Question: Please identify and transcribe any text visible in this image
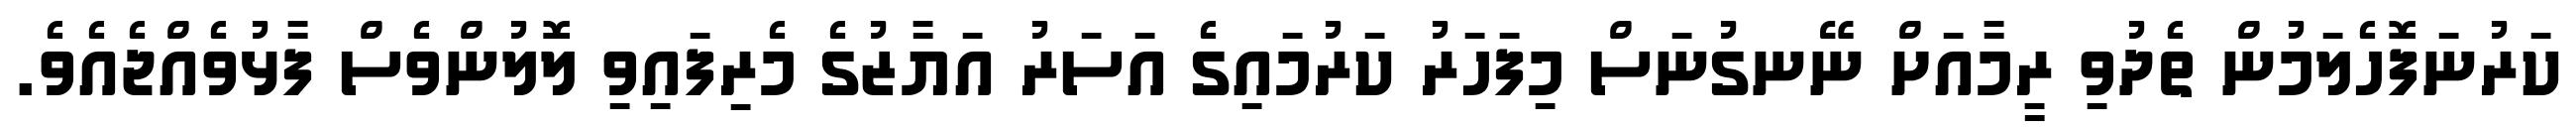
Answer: ކަރުނަފޮހެލަމުން ތެދުވި ރީމާއަށް ނޭނގުނަސް މިފަހަރު ކަރުމައިގެ އަސަރު އަޔާޒުގެ މެރިފައިވި ލޮލުންވެސް ފާޅުވެއްޖެއެވެ.